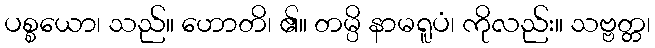
ပစ္စယော၊ သည်။ ဟောတိ၊ ၏။ တမ္ပိ နာမရူပံ၊ ကိုလည်း။ သဗ္ဗတ္တ၊